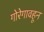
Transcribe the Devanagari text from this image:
गोरेगावहून